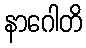
နာဂေါတိ